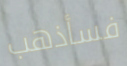
فسأذهب